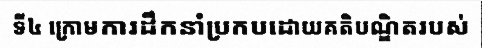
ទី៤ ក្រោមការដឹកនាំប្រកបដោយគតិបណ្ឌិតរបស់